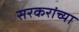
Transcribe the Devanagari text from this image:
सरकरांच्या